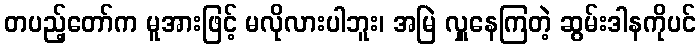
တပည့်တော်က မူအားဖြင့် မလိုလားပါဘူး၊ အမြဲ လှူနေကြတဲ့ ဆွမ်းဒါနကိုပင်